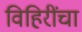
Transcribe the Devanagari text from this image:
विहिरींचा